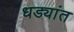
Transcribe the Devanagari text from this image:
धड्यांत